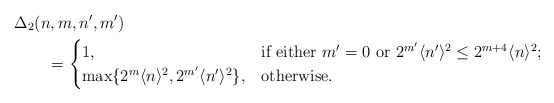
\begin{align*}&\Delta_{2}(n,m,n',m')\\&\qquad=\begin{cases}1, &\mbox{if either $m'=0$ or $2^{m'}\langle n'\rangle^{2}\le 2^{m+4}\langle n\rangle^{2}$;}\\\max\{2^{m}\langle n\rangle^{2},2^{m'}\langle n'\rangle^{2}\}, & \mbox{otherwise}.\end{cases}\end{align*}